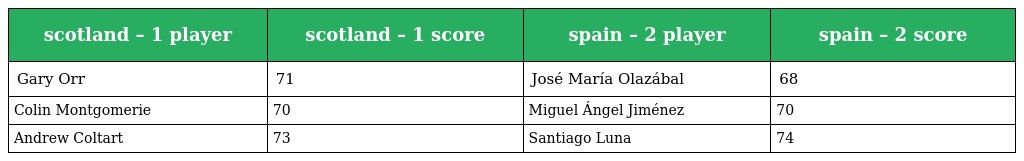
| scotland – 1 player | scotland – 1 score | spain – 2 player | spain – 2 score |
 | --- | --- | --- | --- |
 | Gary Orr | 71 | José María Olazábal | 68 |
 | Colin Montgomerie | 70 | Miguel Ángel Jiménez | 70 |
 | Andrew Coltart | 73 | Santiago Luna | 74 |